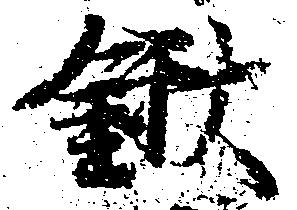
鍬